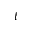
t